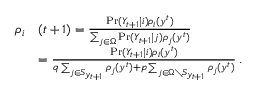
\begin{array} { r l } { \rho _ { i } } & { ( t + 1 ) = \frac { \operatorname* { P r } ( Y _ { t + 1 } \mid i ) \rho _ { i } ( y ^ { t } ) } { \sum _ { j \in \Omega } \operatorname* { P r } ( Y _ { t + 1 } \mid j ) \rho _ { j } ( y ^ { t } ) } } \\ & { = \frac { \operatorname* { P r } ( Y _ { t + 1 } \mid i ) \rho _ { i } ( y ^ { t } ) } { q \sum _ { j \in S _ { y _ { t + 1 } } } \rho _ { j } ( y ^ { t } ) + p \sum _ { j \in \Omega \setminus S _ { y _ { t + 1 } } } \rho _ { j } ( y ^ { t } ) } \, . } \end{array}